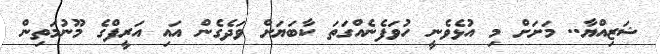
ޝަޒިއްޔާ.. މަށަށް މި އުޅެވެނީ ހުވަފެނެއްގަތަ ކާބަޔަށް ވަދެގެން އައި އަރީފްގެ މޫނުމަތިން